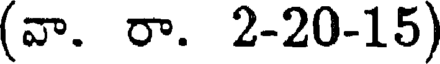
(వా. రా. 2-20-15)